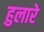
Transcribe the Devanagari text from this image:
हुलारे